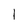
Character: 1